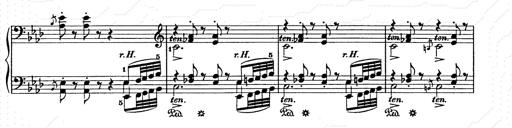
Title: Weihnachtsbaum
Composer: Franz Liszt